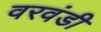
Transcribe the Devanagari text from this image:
वरवंडी